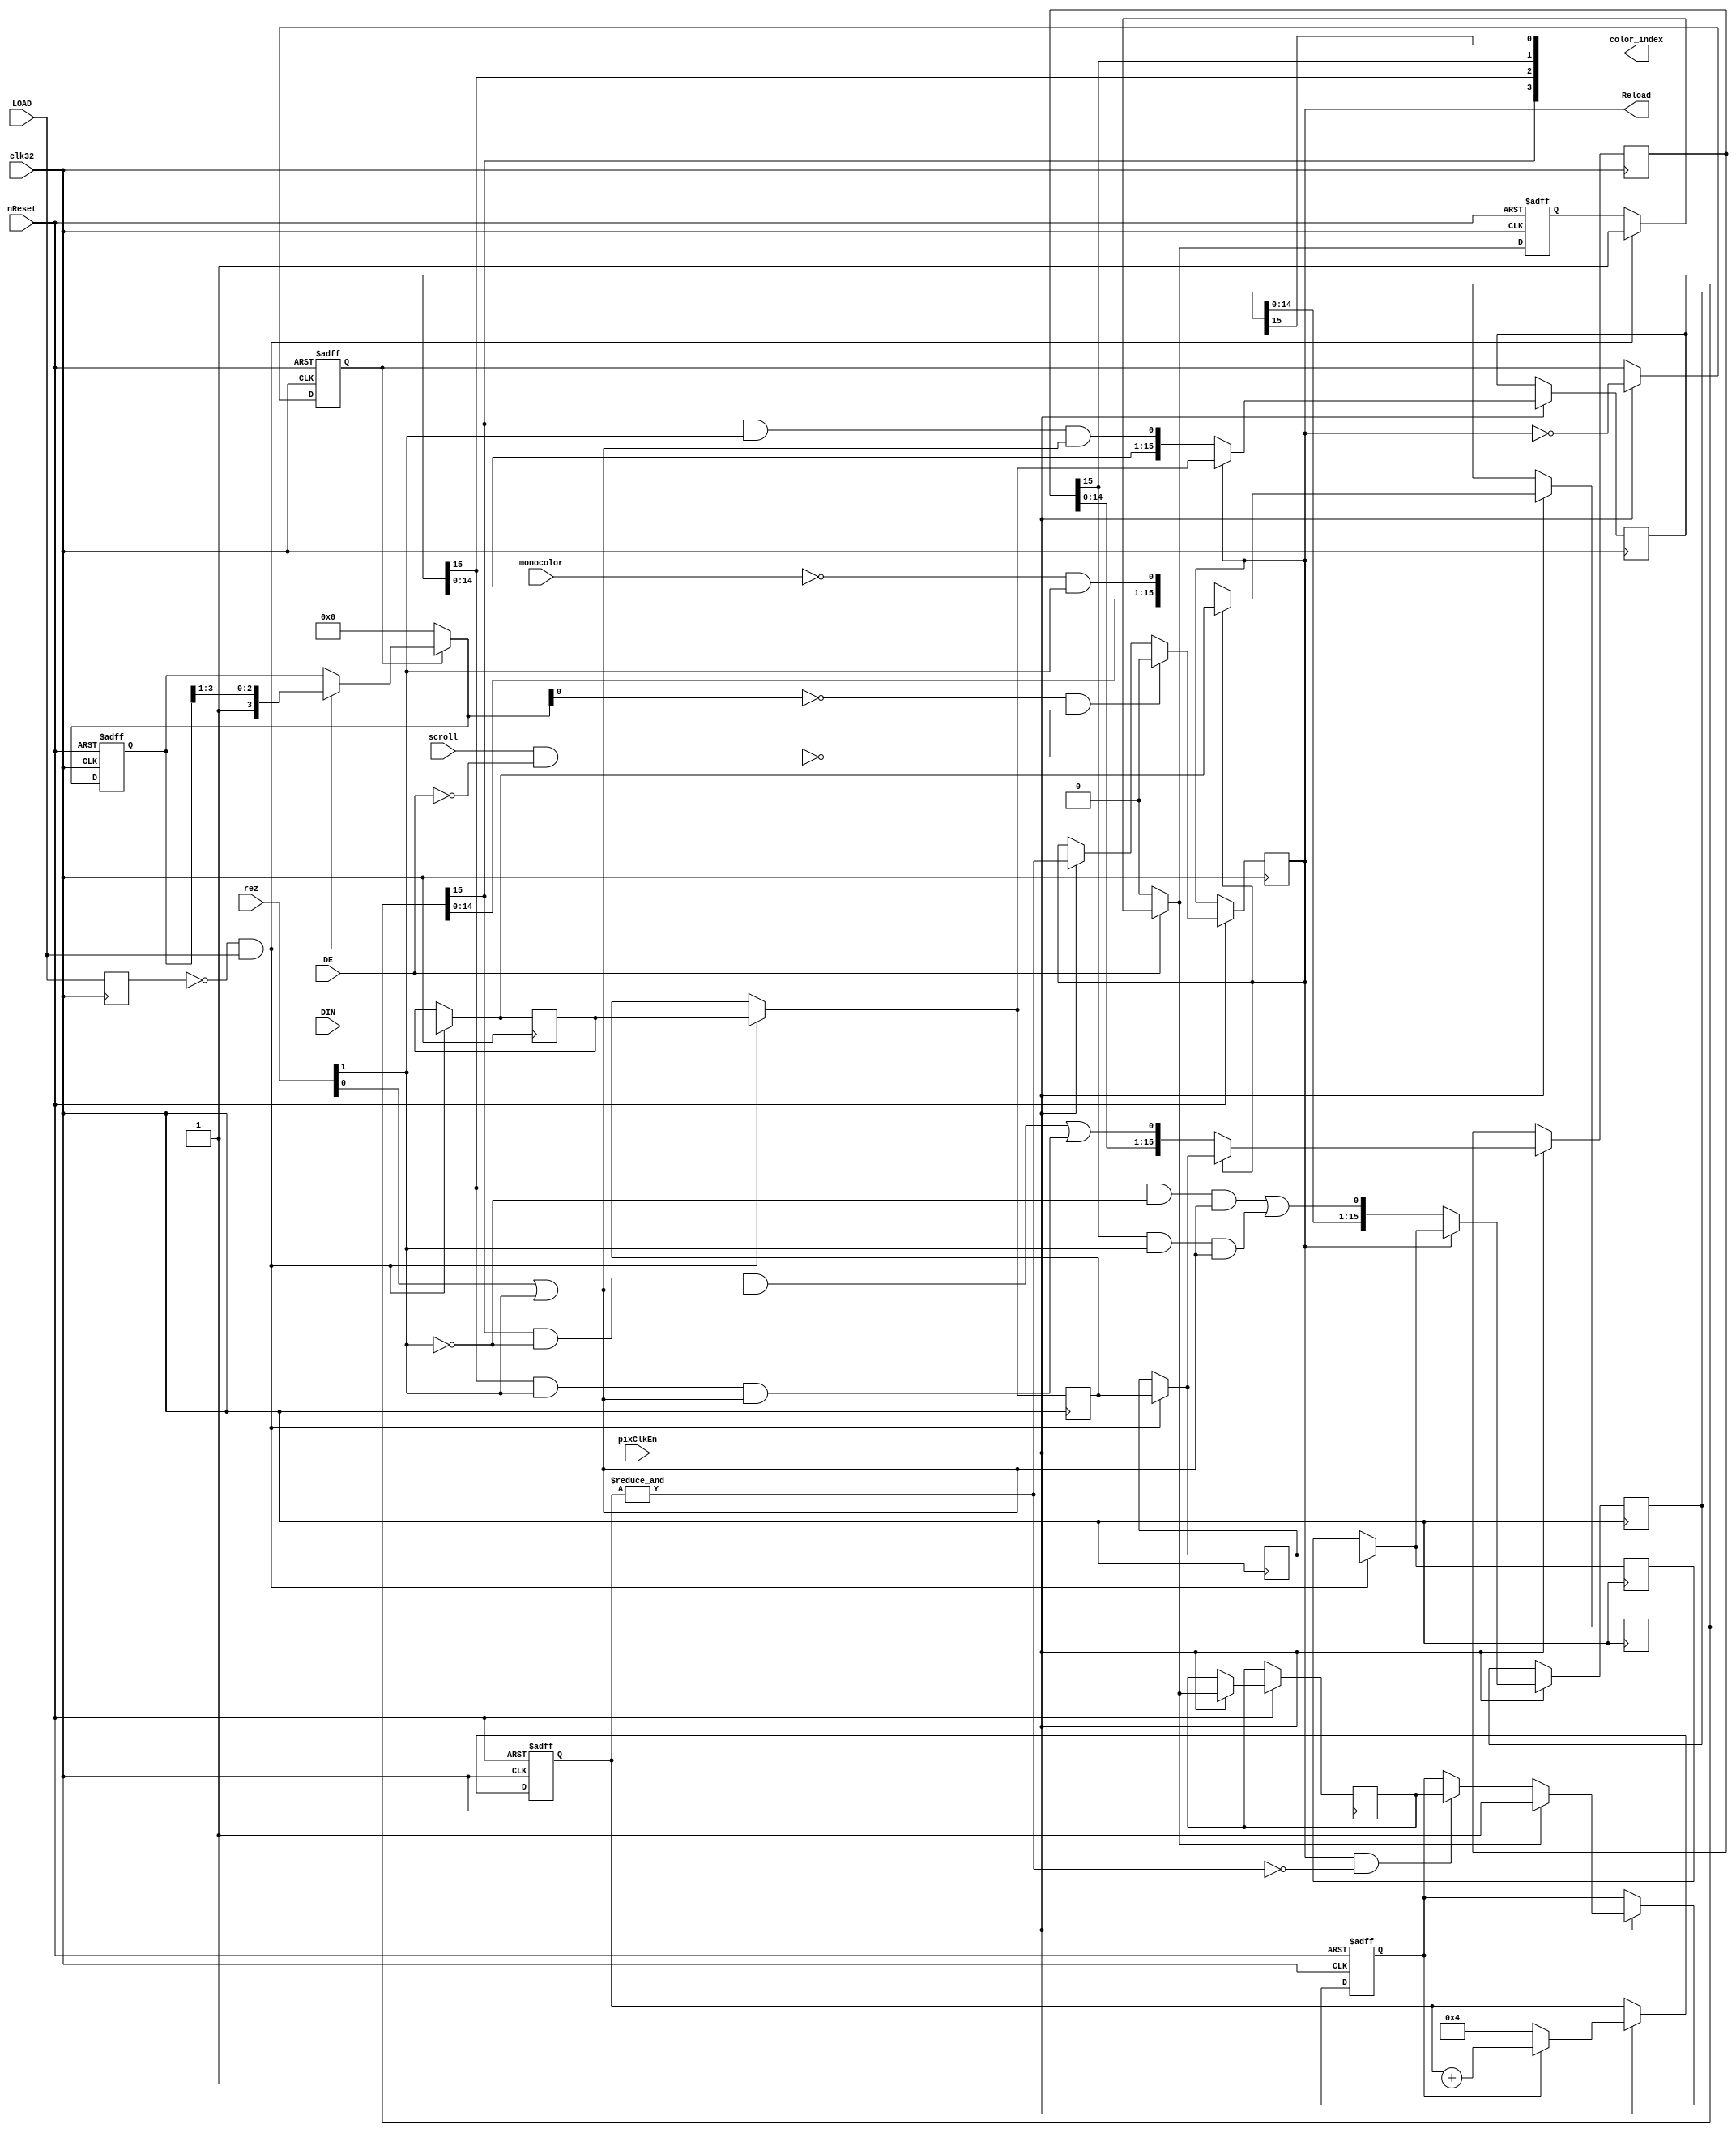
module shifter_video (
    input clk32,
    input nReset,
    input pixClkEn,
    input DE,
    input LOAD,
    input [1:0] rez,
    input monocolor,
    input [15:0] DIN,
    input scroll,
    output reg Reload,
    output [3:0] color_index
);

// edge detectors
reg LOAD_D;

always @(posedge clk32) begin : edgedetect
	// edge detectors
	LOAD_D <= LOAD;
end

// shift array
reg [15:0] shdout0, shdout1, shdout2, shdout3;
reg [15:0] shcout0, shcout1, shcout2, shcout3;
reg [15:0] shdout_next0, shdout_next1, shdout_next2, shdout_next3;
always @(*) begin : shiftarray1
	shdout_next0 = shdout0;
	shdout_next1 = shdout1;
	shdout_next2 = shdout2;
	shdout_next3 = shdout3;
	if (~LOAD_D & LOAD) begin
		shdout_next3 = DIN;
		shdout_next2 = shdout3;
		shdout_next1 = shdout2;
		shdout_next0 = shdout1;
	end
end

always @(negedge clk32) begin : shiftarray2
	if (pixClkEn) begin
		shcout3 <= Reload ? shdout_next3 : {shcout3[14:0], shftCin3};
		shcout2 <= Reload ? shdout_next2 : {shcout2[14:0], shftCin2};
		shcout1 <= Reload ? shdout_next1 : {shcout1[14:0], shftCin1};
		shcout0 <= Reload ? shdout_next0 : {shcout0[14:0], shftCin0};
	end
	shdout3 <= shdout_next3;
	shdout2 <= shdout_next2;
	shdout1 <= shdout_next1;
	shdout0 <= shdout_next0;
end

// shift array logic
wire notlow = rez[0] | rez[1];
wire shftCout3 = shcout3[15];
wire shftCout2 = shcout2[15];
wire shftCout1 = shcout1[15];
wire shftCout0 = shcout0[15];
wire shftCin3  = ~monocolor & rez[1];
wire shftCin2  = shftCout3 & rez[1] & notlow;
wire shftCin1  = (shftCout3 & ~rez[1] & notlow) | (shftCout2 & rez[1] & notlow);
wire shftCin0  = (shftCout2 & ~rez[1] & notlow) | (shftCout1 & rez[1] & notlow);
assign color_index = { shftCout3, shftCout2, shftCout1, shftCout0 };

// reload control
reg        load_d1_reg;
reg        load_d1;
reg  [3:0] rdelay_reg;
reg  [3:0] rdelay;
reg        reload_delay_n;

always @(*) begin
    load_d1 = load_d1_reg;

    if (!DE) load_d1 = 1'b0;
    else if (~LOAD_D & LOAD) load_d1 = 1'b1;

    rdelay = rdelay_reg;
    if (~reload_delay_n) rdelay = 4'b0000;
    else if (~LOAD_D & LOAD) rdelay = { 1'b1, rdelay[3:1] };
end

always @(posedge clk32, negedge nReset) begin : reloadctrl

	reg load_d2;
	reg reload_delay_d;
	reg [3:0] pixCntr;
	reg pxCtrEn;

	if (!nReset) begin
		reload_delay_n <= 1'b0;
		pxCtrEn <= 1'b0;
		pixCntr <= 4'h4;
		rdelay_reg <= 4'b0000;
		load_d1_reg <= 1'b0;
	end else begin
		if (pixClkEn) begin
			if (Reload & ~&pixCntr) pxCtrEn <= load_d2; // negedge of Reload
			load_d2 <= load_d1;
			if (load_d1) pxCtrEn <= 1'b1; // async set of pxCtrEn from load_d2
			pixCntr <= pxCtrEn ? pixCntr + 1'h1 : 4'h4;
			reload_delay_n <= ~Reload;
			Reload <= &pixCntr;
		end

		// originally async sets
		if (!rdelay[0] && 
		   !(scroll & !DE)) // mid and hi res leave 2 or 1 words unloaded when STe hard scroll is used
			 Reload <= 1'b0;

		load_d1_reg <= load_d1;
		rdelay_reg <= rdelay;
	end
end

endmodule